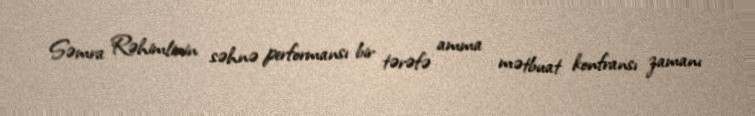
Səmra Rəhimlinin səhnə performansı bir tərəfə amma mətbuat konfransı zamanı